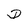
Character: D